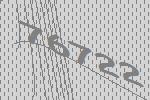
76722